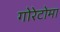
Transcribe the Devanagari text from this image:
गोरेटोमा